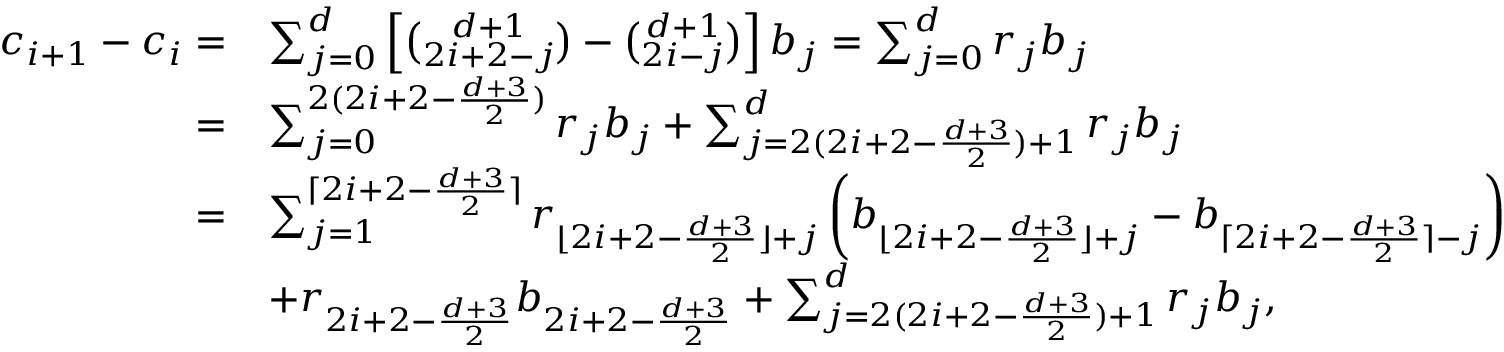
\begin{array} { r l } { c _ { i + 1 } - c _ { i } = } & { \sum _ { j = 0 } ^ { d } \left[ \binom { d + 1 } { 2 i + 2 - j } - \binom { d + 1 } { 2 i - j } \right] b _ { j } = \sum _ { j = 0 } ^ { d } r _ { j } b _ { j } } \\ { = } & { \sum _ { j = 0 } ^ { 2 ( 2 i + 2 - \frac { d + 3 } { 2 } ) } r _ { j } b _ { j } + \sum _ { j = 2 ( 2 i + 2 - \frac { d + 3 } { 2 } ) + 1 } ^ { d } r _ { j } b _ { j } } \\ { = } & { \sum _ { j = 1 } ^ { \lceil 2 i + 2 - \frac { d + 3 } { 2 } \rceil } r _ { \lfloor 2 i + 2 - \frac { d + 3 } { 2 } \rfloor + j } \left( b _ { \lfloor 2 i + 2 - \frac { d + 3 } { 2 } \rfloor + j } - b _ { \lceil 2 i + 2 - \frac { d + 3 } { 2 } \rceil - j } \right) } \\ & { + r _ { 2 i + 2 - \frac { d + 3 } { 2 } } b _ { 2 i + 2 - \frac { d + 3 } { 2 } } + \sum _ { j = 2 ( 2 i + 2 - \frac { d + 3 } { 2 } ) + 1 } ^ { d } r _ { j } b _ { j } , } \end{array}